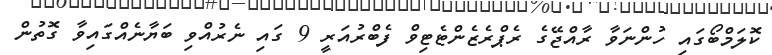
ކޮލަމްބޯގައި ހުންނަވާ ރާއްޖޭގެ ރެޕްރެޒެންޓެޓިވް ފެބްރުއަރީ 9 ގައި ނެރުއްވި ބަޔާނެއްގައިވާ ގޮތުން